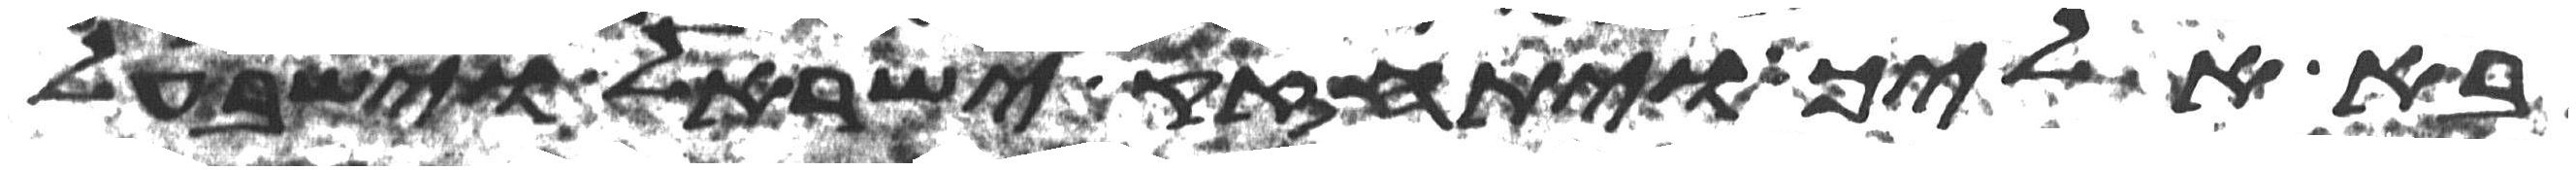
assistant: בא אליך ויתחזק ישראל וישב על